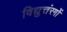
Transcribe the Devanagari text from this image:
विद्युत्तंरगों